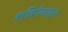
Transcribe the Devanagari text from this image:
कालिंपाँगमधूनच